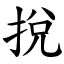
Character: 挩